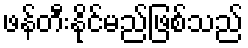
ဖန်တီးနိုင်မည်ဖြစ်သည်